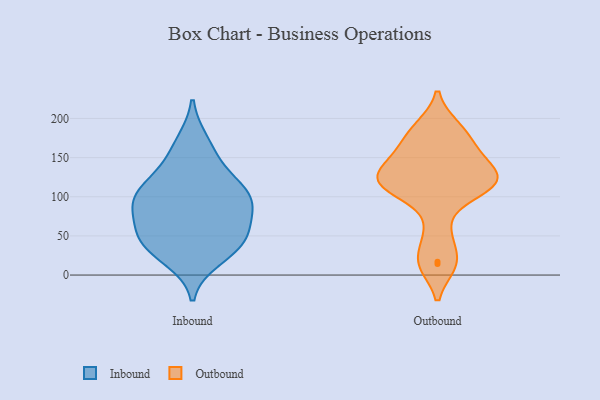
{"axis": {"x": "Website Visitors", "y": "Value"}, "legend": ["Inbound", "Outbound"], "data": [{"x": "", "y": 150, "type": "Inbound"}, {"x": "", "y": 22, "type": "Inbound"}, {"x": "", "y": 42, "type": "Inbound"}, {"x": "", "y": 102, "type": "Inbound"}, {"x": "", "y": 169, "type": "Inbound"}, {"x": "", "y": 92, "type": "Inbound"}, {"x": "", "y": 112, "type": "Inbound"}, {"x": "", "y": 117, "type": "Inbound"}, {"x": "", "y": 49, "type": "Inbound"}, {"x": "", "y": 39, "type": "Inbound"}, {"x": "", "y": 91, "type": "Inbound"}, {"x": "", "y": 44, "type": "Inbound"}, {"x": "", "y": 69, "type": "Inbound"}, {"x": "", "y": 91, "type": "Inbound"}, {"x": "", "y": 54, "type": "Outbound"}, {"x": "", "y": 107, "type": "Outbound"}, {"x": "", "y": 183, "type": "Outbound"}, {"x": "", "y": 188, "type": "Outbound"}, {"x": "", "y": 128, "type": "Outbound"}, {"x": "", "y": 14, "type": "Outbound"}, {"x": "", "y": 109, "type": "Outbound"}, {"x": "", "y": 119, "type": "Outbound"}, {"x": "", "y": 136, "type": "Outbound"}, {"x": "", "y": 125, "type": "Outbound"}, {"x": "", "y": 161, "type": "Outbound"}, {"x": "", "y": 118, "type": "Outbound"}, {"x": "", "y": 17, "type": "Outbound"}, {"x": "", "y": 157, "type": "Outbound"}]}